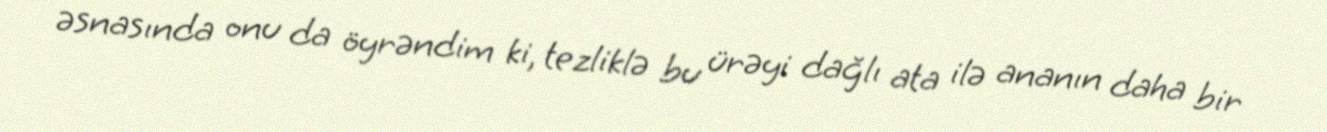
əsnasında onu da öyrəndim ki, tezliklə bu ürəyi dağlı ata ilə ananın daha bir